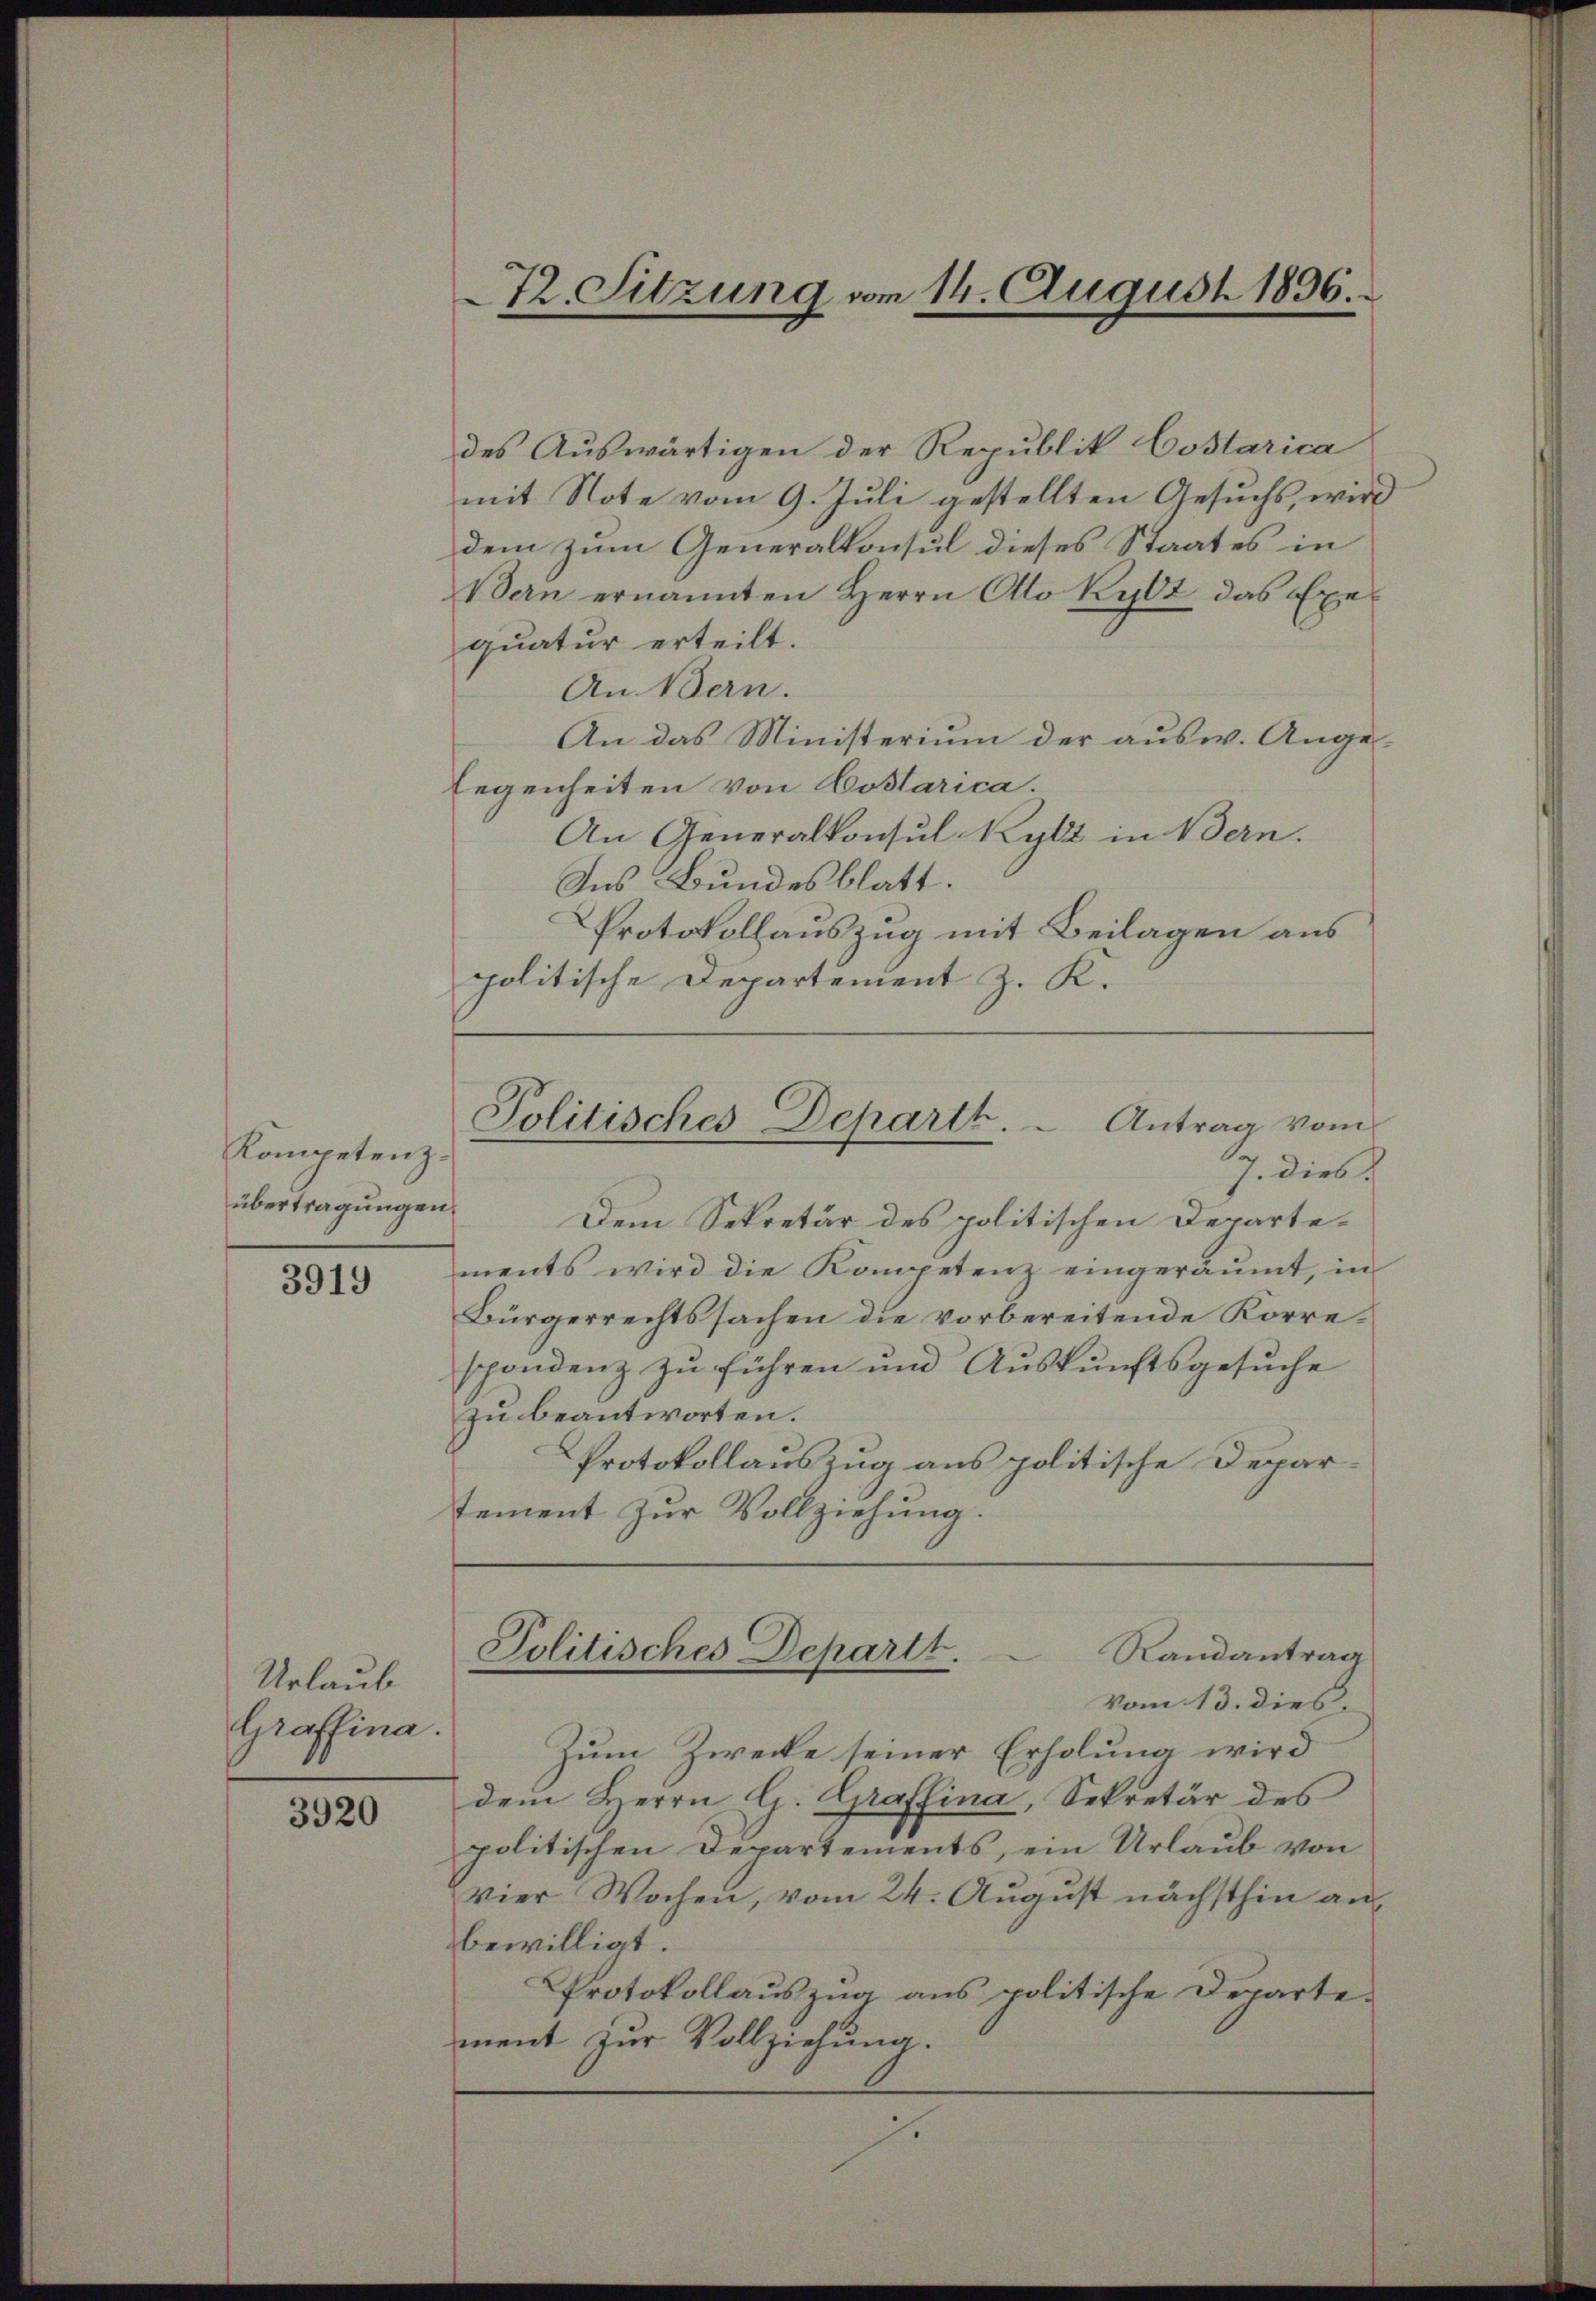
Kompetenz.
übertragungen.

3919

Urlaub
Graffina.

3920

des Auswärtigen der Republik Costarica
mit Note vom 9. Juli gestellten Gesuchs, wird
dem zum Generalkonsul dieses Staates in
Bern ernannten Herrn Otto Kybt das Exequatur erteilt.
An Bern.
An das Ministerium der ausw. Ange¬
Eegenheiten von Aoslarica
An Generalkonsul Rylt in Bern.
Ins Bundesblatt.
Protokollauszug mit Beilagen aus
politische Departement z. K.

72. Sitzung vom 14. August 1896.

Politisches Departe. - Antrag vom
7. dies

Dem Sekretär des politischen Departements wird die Kompetenz eingeräumt, in
Bürgerrechtssachen die vorbereitende Korrespondenz zu führen und Auskunftsgesuche
zu beantworten.
Protokollauszug aus politische Depar-
tement zur Vollziehung.

Politisches Departt.
Randantrag
Vom 13. dies

Zum Zwecke seiner Erholung wird
dem Herrn G. Graffina, Sekretär des
politischen Departements, ein Urlaub von
vier Wochen, vom 24. August nächsthin anbewilligt.
Protokollauszug aus politische Departement zur Vollziehung.
s